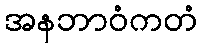
အနဘာဝံကတံ